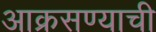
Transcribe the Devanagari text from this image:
आक्रसण्याची